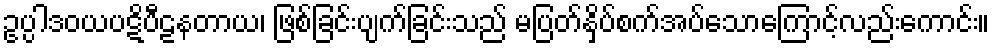
ဥပ္ပါဒဝယပဋိပီဠနတာယ၊ ဖြစ်ခြင်းပျက်ခြင်းသည် မပြတ်နှိပ်စက်အပ်သောကြောင့်လည်းကောင်း။